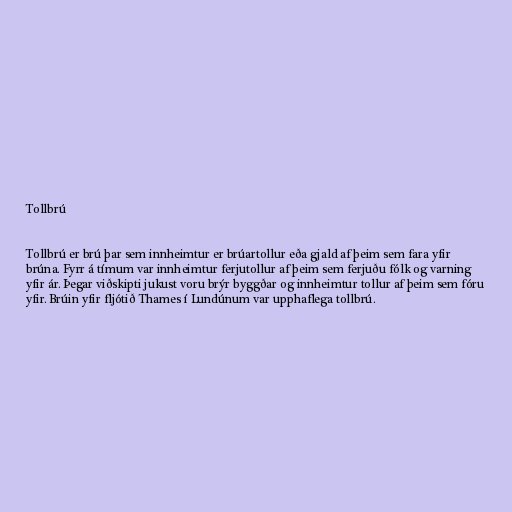
Tollbrú

Tollbrú er brú þar sem innheimtur er brúartollur eða gjald af þeim sem fara yfir
brúna. Fyrr á tímum var innheimtur ferjutollur af þeim sem ferjuðu fólk og varning
yfir ár. Þegar viðskipti jukust voru brýr byggðar og innheimtur tollur af þeim sem fóru
yfir. Brúin yfir fljótið Thames í Lundúnum var upphaflega tollbrú.